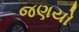
જણયો